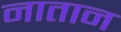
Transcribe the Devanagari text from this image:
नातान